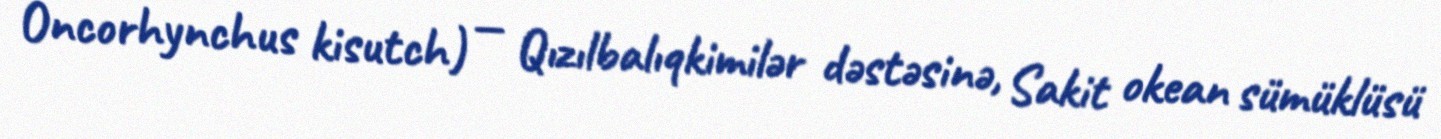
Oncorhynchus kisutch) — Qızılbalıqkimilər dəstəsinə, Sakit okean sümüklüsü